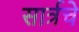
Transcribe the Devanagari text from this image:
सार्त्रचे